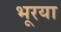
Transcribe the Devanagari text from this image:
भूरया